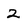
Character: 2